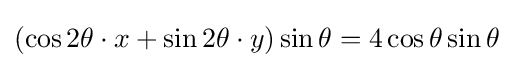
(\cos 2\theta \cdot x+\sin 2\theta \cdot y)\sin \theta =4\cos \theta \sin \theta \